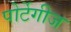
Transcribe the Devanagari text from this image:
पोर्टेगीज